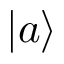
| a \rangle